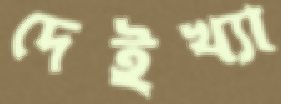
দেইখ্যা